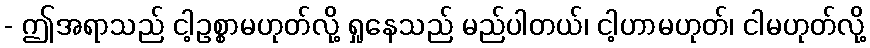
- ဤအရာသည် ငါ့ဥစ္စာမဟုတ်လို့ ရှုနေသည် မည်ပါတယ်၊ ငါ့ဟာမဟုတ်၊ ငါမဟုတ်လို့